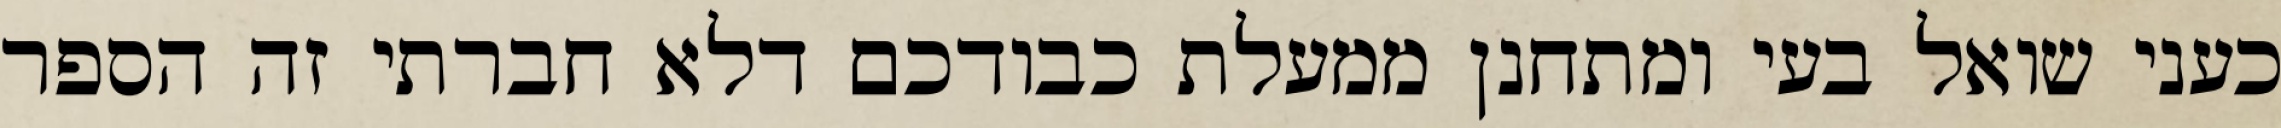
כעני שואל בעי ומתחנן ממעלת כבודכם דלא חברתי זה הספר